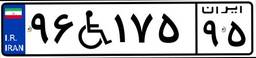
۹۶W۱۷۵۹۵